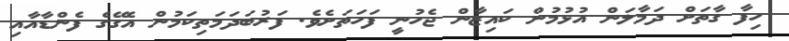
ހިފާ ގާތަށް ދަމާލަން އުޅުމުން ކައިޒާން ޖެހުނީ ފަހަތަށެވެ. ފަރުބަދަމަތިކަމުން އެގޭގެ ފެންޑާއާއި